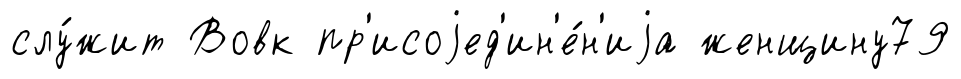
слу́жит Вовк пр'исоjед'ин'е́н'иjа женщину79